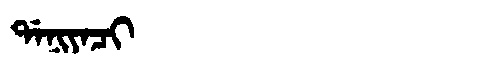
Manchu: ᡩᠠᠨᡳᠶᠠᠴᡳ
Romanization: DANIYACI